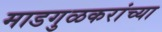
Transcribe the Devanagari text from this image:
माडगुळकरांच्या